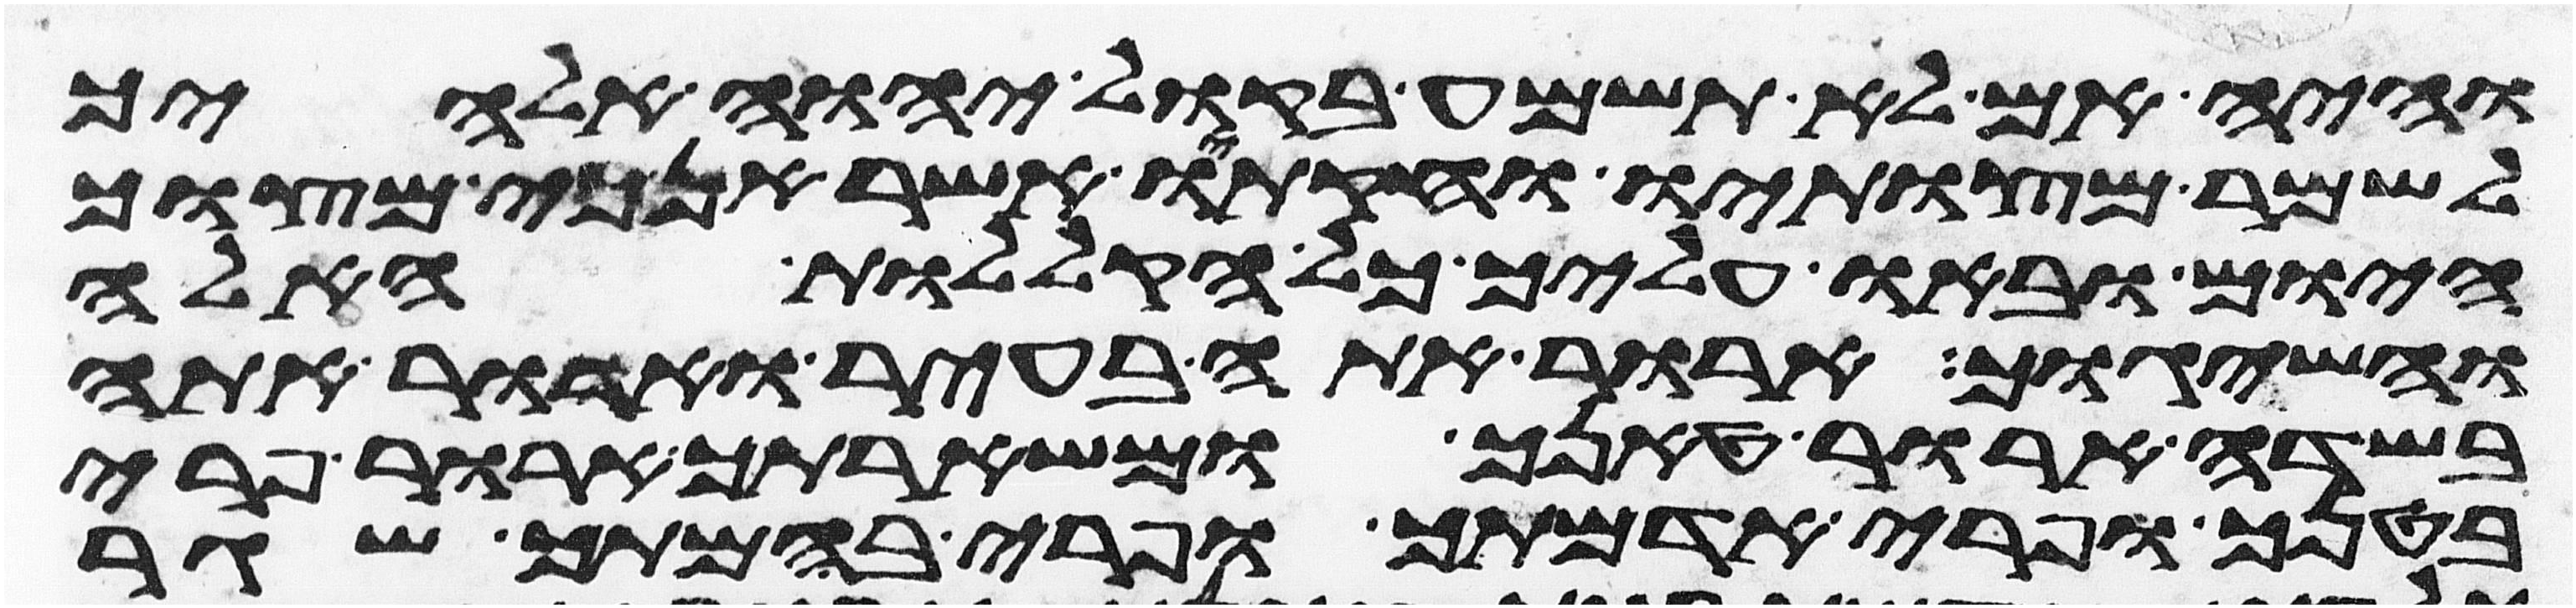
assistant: והיה אם לא תשמע בקול יהוה אלהיך
לשמר מצותיו וחקתיו אשר אנכי מצוך
היום ובאו עליך כל הקללות האלה
והשיגוך ארור אתה בעיר וארור אתה
בשדה ארור טנאך ומשארתך ארור פרי
בטנך ופרי אדמתך ופרי בהמתך שגר